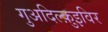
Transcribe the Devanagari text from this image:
गुअदिल्क़ुइविर